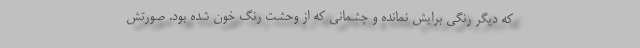
که دیگر رنگی برایش نمانده و چشمانی که از وحشت رنگ خون شده بود. صورتش